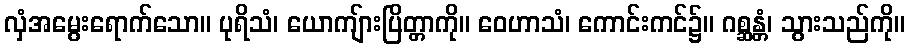
လှံအမွေးရောက်သော။ ပုရိသံ၊ ယောကျ်ားပြိတ္တာကို။ ဝေဟာသံ၊ ကောင်းကင်၌။ ဂစ္ဆန္တံ၊ သွားသည်ကို။